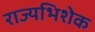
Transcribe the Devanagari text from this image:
राज्यभिशेक